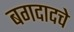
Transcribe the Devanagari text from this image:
बगदादचे